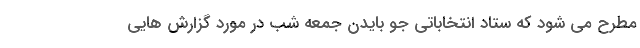
مطرح می شود که ستاد انتخاباتی جو بایدن جمعه شب در مورد گزارش هایی